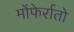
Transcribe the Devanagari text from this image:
मोंफेर्रातो